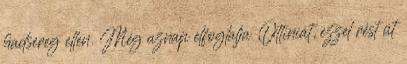
hadsereg ellen. Még aznap elfoglalja Ottiniát, ezzel rést üt